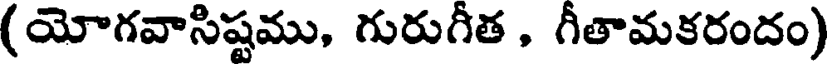
(యోగవాసిష్టము, గురుగీత , గీతామకరందం)